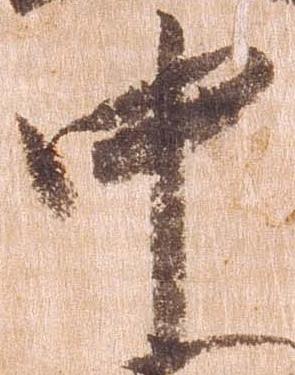
中